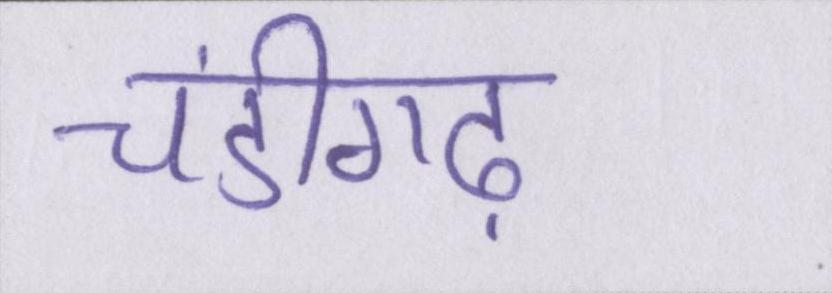
चंडीगढ़